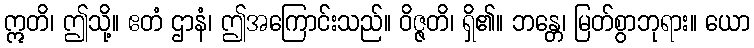
ဣတိ၊ ဤသို့။ ဧတံ ဌာနံ၊ ဤအကြောင်းသည်။ ဝိဇ္ဇတိ၊ ရှိ၏။ ဘန္တေ၊ မြတ်စွာဘုရား။ ယော